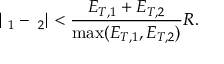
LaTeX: | { \bf \Omega } _ { 1 } - { \bf \Omega } _ { 2 } | < { \frac { { E _ { T , 1 } + E _ { T , 2 } } } { { \mathrm { m a x } ( E _ { T , 1 } , E _ { T , 2 } ) } } } R .